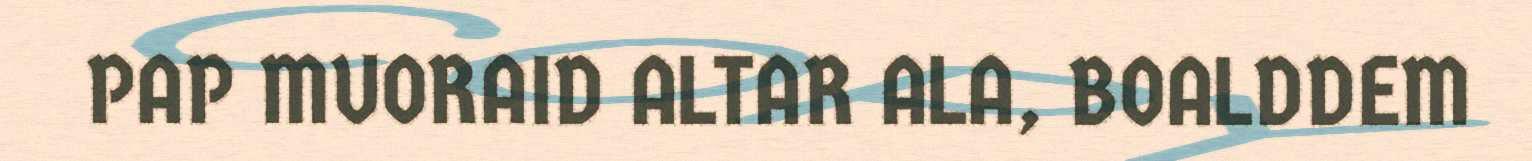
PAP MUORAID ALTAR ALA, BOALDDEM